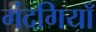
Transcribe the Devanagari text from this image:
गंदगियाँ